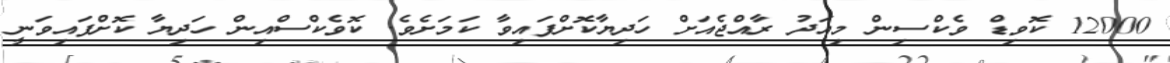
12000 ކޮވިޑް ވެކްސިން މިއަދު ރާއްޖެއަށް ހަދިޔާކޮށްފައިވާ ކަމަަށެވެ. ކޮވެކްސްއިން ހަދިޔާ ކޮށްފައިވަނީ